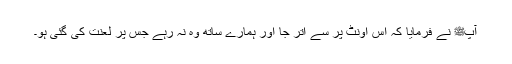
آپﷺ نے فرمایا کہ اس اونٹ پر سے اتر جا اور ہمارے ساتھ وہ نہ رہے جس پر لعنت کی گئی ہو۔